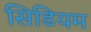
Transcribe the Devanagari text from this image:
सिडियम